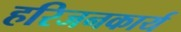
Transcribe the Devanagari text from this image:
हरिजनकार्य